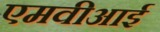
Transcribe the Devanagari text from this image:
एमवीआई